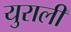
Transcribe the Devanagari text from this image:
युराली